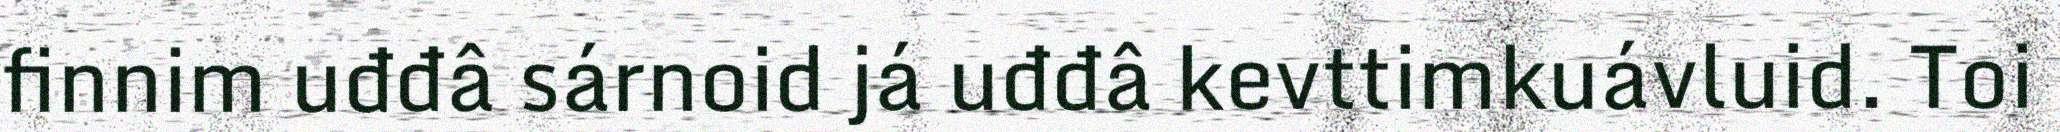
finnim uđđâ sárnoid já uđđâ kevttimkuávluid. Toi